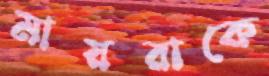
মায়রাকে